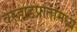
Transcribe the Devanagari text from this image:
वर्‍हाडप्रांतामध्ये